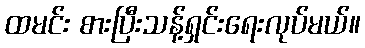
ထမင်း စားပြီးသန့်ရှင်းရေးလုပ်မယ်။